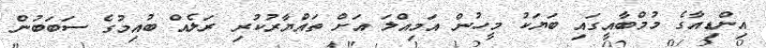
އިންޑިއާގެ މުމްބާއީގައި ބަޔަކު މީހުން އަމިއްލަ އަށް ތައްޔާރުކުރި ރަލެއް ބުއިމުގެ ސަބަބުން